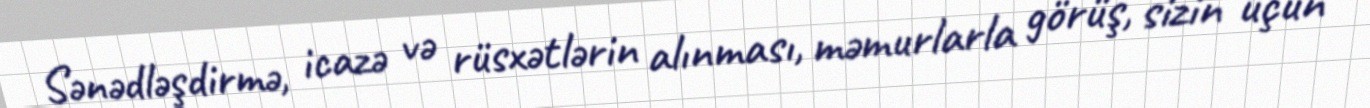
Sənədləşdirmə, icazə və rüsxətlərin alınması, məmurlarla görüş, sizin üçün